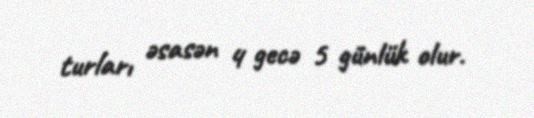
turları əsasən 4 gecə 5 günlük olur.